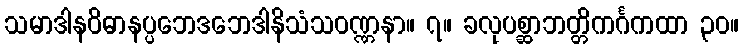
သမာဒါနဝိဓာနပ္ပဘေဒဘေဒါနိသံသဝဏ္ဏနာ။ ၇။ ခလုပစ္ဆာဘတ္တိကင်္ဂကထာ ၃၀။